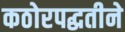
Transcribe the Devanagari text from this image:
कठोरपद्धतीने